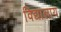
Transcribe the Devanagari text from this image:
विद्यालाय